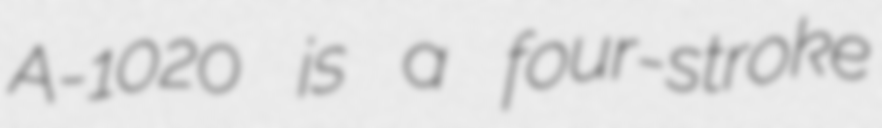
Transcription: A-1020 is a four-stroke